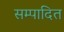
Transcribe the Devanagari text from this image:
सम्‍पादित